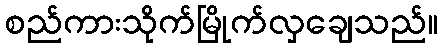
စည်ကားသိုက်မြိုက်လှချေသည်။